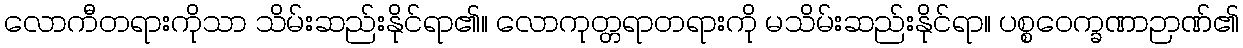
လောကီတရားကိုသာ သိမ်းဆည်းနိုင်ရာ၏။ လောကုတ္တရာတရားကို မသိမ်းဆည်းနိုင်ရာ။ ပစ္စဝေက္ခဏာဉာဏ်၏